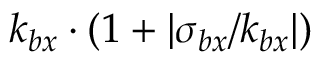
k _ { b x } \cdot ( 1 + | \sigma _ { b x } / k _ { b x } | )